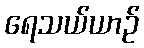
ရေသယ်ယာဉ်